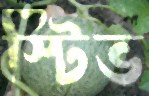
স্টিভ